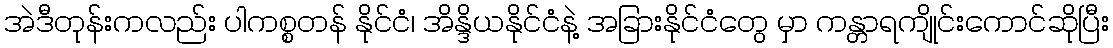
အဲဒီတုန်းကလည်း ပါကစ္စတန် နိုင်ငံ၊ အိန္ဒိယနိုင်ငံနဲ့ အခြားနိုင်ငံတွေ မှာ ကန္တာရကျိုင်းကောင်ဆိုပြီး